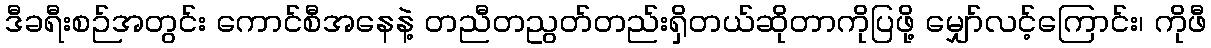
ဒီခရီးစဉ်အတွင်း ကောင်စီအနေနဲ့ တညီတညွတ်တည်းရှိတယ်ဆိုတာကိုပြဖို့ မျှော်လင့်ကြောင်း၊ ကိုဖီ